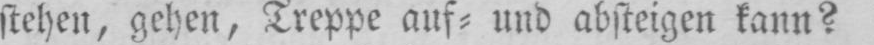
stehen, gehen, Treppe auf⸗ und absteigen kann?